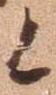
候